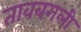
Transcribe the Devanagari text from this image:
तावबगली